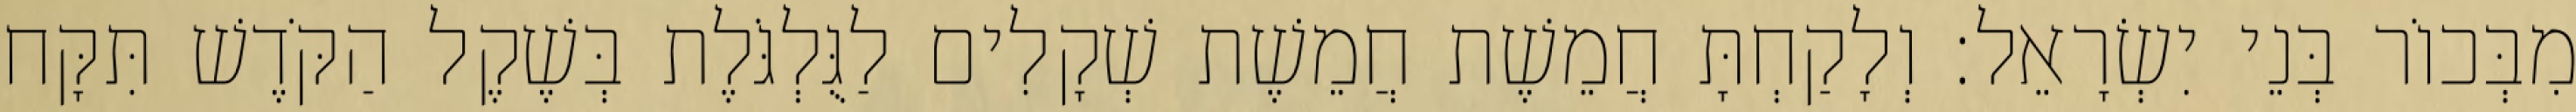
מִבְּכוֹר בְּנֵי יִשְׂרָאֵל׃ וְלָקַחְתָּ חֲמֵשֶׁת חֲמֵשֶׁת שְׁקָלִים לַגֻּלְגֹּלֶת בְּשֶׁקֶל הַקֹּדֶשׁ תִּקָּח